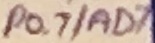
Text: P0.7/AD7